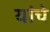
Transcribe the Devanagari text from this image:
यांंचे